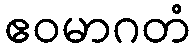
ဧဝမာဂတံ